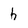
Character: h